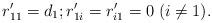
LaTeX: \begin{align*}r'_{11}=d_1;r'_{1i}=r'_{i1}=0\; (i\ne 1).\end{align*}